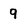
Character: 9